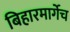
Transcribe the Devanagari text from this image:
बिहारमार्गेच